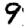
Digit: 9